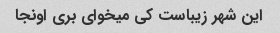
این شهر زیباست کی میخوای بری اونجا